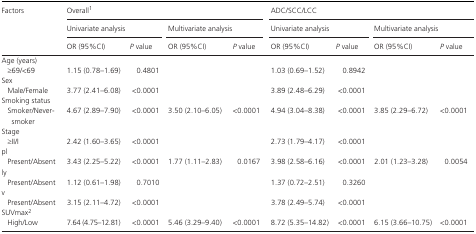
<table><thead><tr><td rowspan="3"><b>Factors</b></td><td colspan="4"><b>Overalla</b></td><td colspan="4"><b>ADC/SCC/LCC</b></td></tr><tr><td colspan="2"><b>Univariate analysis</b></td><td colspan="2"><b>Multivariate analysis</b></td><td colspan="2"><b>Univariate analysis</b></td><td colspan="2"><b>Multivariate analysis</b></td></tr><tr><td><b>OR (95%CI)</b></td><td><b><i>P</i> value</b></td><td><b>OR (95%CI)</b></td><td><b><i>P</i> value</b></td><td><b>OR (95%CI)</b></td><td><b><i>P</i> value</b></td><td><b>OR (95%CI)</b></td><td><b><i>P</i> value</b></td></tr></thead><tbody><tr><td colspan="9">Age (years)</td></tr><tr><td>≥69/&lt;69</td><td>1.15 (0.78–1.69)</td><td>0.4801</td><td></td><td></td><td>1.03 (0.69–1.52)</td><td>0.8942</td><td></td><td></td></tr><tr><td colspan="9">Sex</td></tr><tr><td>Male/Female</td><td>3.77 (2.41–6.08)</td><td>&lt;0.0001</td><td></td><td></td><td>3.89 (2.48–6.29)</td><td>&lt;0.0001</td><td></td><td></td></tr><tr><td colspan="9">Smoking status</td></tr><tr><td>Smoker/Never‐smoker</td><td>4.67 (2.89–7.90)</td><td>&lt;0.0001</td><td>3.50 (2.10–6.05)</td><td>&lt;0.0001</td><td>4.94 (3.04–8.38)</td><td>&lt;0.0001</td><td>3.85 (2.29–6.72)</td><td>&lt;0.0001</td></tr><tr><td colspan="9">Stage</td></tr><tr><td>≥II/I</td><td>2.42 (1.60–3.65)</td><td>&lt;0.0001</td><td></td><td></td><td>2.73 (1.79–4.17)</td><td>&lt;0.0001</td><td></td><td></td></tr><tr><td colspan="9">pl</td></tr><tr><td>Present/Absent</td><td>3.43 (2.25–5.22)</td><td>&lt;0.0001</td><td>1.77 (1.11–2.83)</td><td>0.0167</td><td>3.98 (2.58–6.16)</td><td>&lt;0.0001</td><td>2.01 (1.23–3.28)</td><td>0.0054</td></tr><tr><td colspan="9">ly</td></tr><tr><td>Present/Absent</td><td>1.12 (0.61–1.98)</td><td>0.7010</td><td></td><td></td><td>1.37 (0.72–2.51)</td><td>0.3260</td><td></td><td></td></tr><tr><td colspan="9">v</td></tr><tr><td>Present/Absent</td><td>3.15 (2.11–4.72)</td><td>&lt;0.0001</td><td></td><td></td><td>3.78 (2.49–5.74)</td><td>&lt;0.0001</td><td></td><td></td></tr><tr><td colspan="9">SUVmaxb</td></tr><tr><td>High/Low</td><td>7.64 (4.75–12.81)</td><td>&lt;0.0001</td><td>5.46 (3.29–9.40)</td><td>&lt;0.0001</td><td>8.72 (5.35–14.82)</td><td>&lt;0.0001</td><td>6.15 (3.66–10.75)</td><td>&lt;0.0001</td></tr></tbody></table>